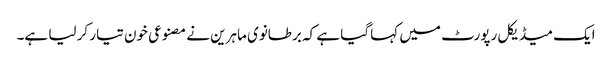
ایک میڈیکل رپورٹ میں کہا گیا ہے کہ برطانوی ماہرین نے مصنوعی خون تیار کر لیا ہے۔